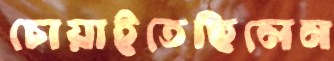
চোয়াইতেছিলেন